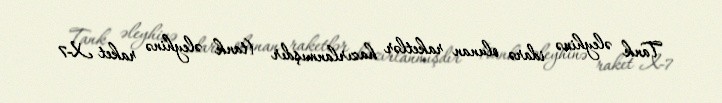
Tank əleyhinə idarə olunan raketlər hazırlanmışdır (tank əleyhinə raket X-7